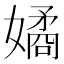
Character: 𭒠